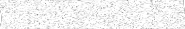
١٠٨